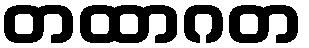
တထာဂတ